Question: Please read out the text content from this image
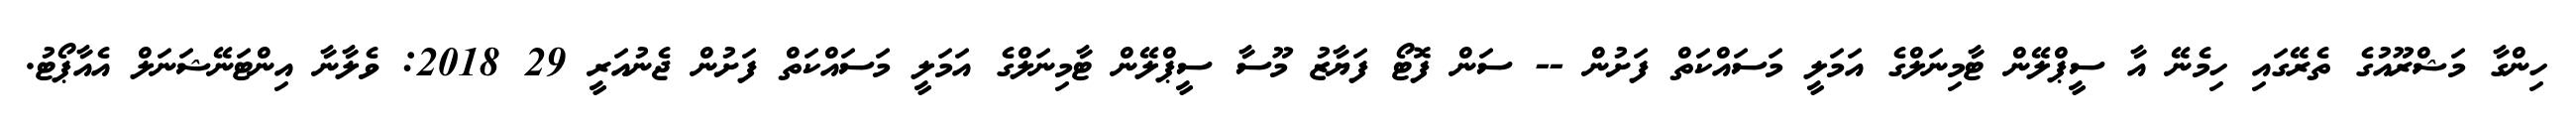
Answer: ހިންގާ މަޝްރޫއުގެ ތެރޭގައި ހިމެނޭ އާ ސީޕްލޭން ޓާމިނަލްގެ އަމަލީ މަސައްކަތް ފަށުން -- ސަން ފޮޓޯ ފަޔާޒު މޫސާ ސީޕްލޭން ޓާމިނަލްގެ އަމަލީ މަސައްކަތް ފަށުން ޖެނުއަރީ 29 2018: ވެލާނާ އިންޓަނޭޝަނަލް އެއާޕޯޓު.